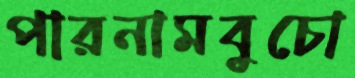
পারনামবুচো